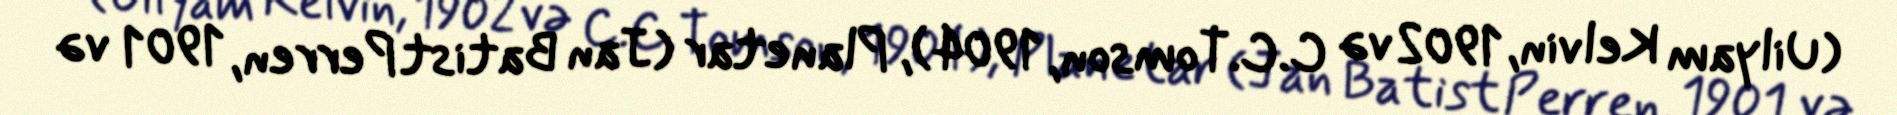
(Uilyam Kelvin, 1902 və C.C.Tomson, 1904), Planetar (Jan Batist Perren, 1901 və